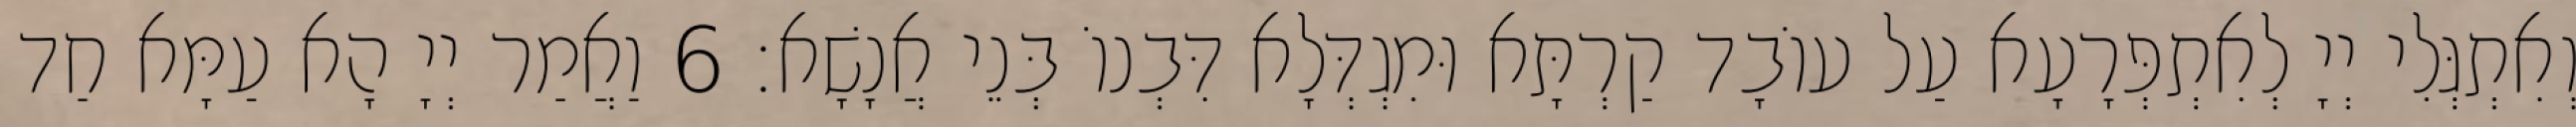
וְאִתְגְּלִי יְיָ לְאִתְפְּרָעָא עַל עוֹבָד קַרְתָּא וּמִגְדְּלָא דִּבְנוֹ בְּנֵי אֲנָשָׁא׃ 6 וַאֲמַר יְיָ הָא עַמָּא חַד